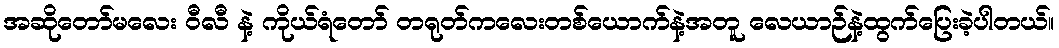
အဆိုတော်မလေး ဝီလီ နဲ့ ကိုယ်ရံတော် တရုတ်ကလေးတစ်ယောက်နဲ့အတူ လေယာဉ်နဲ့ထွက်ပြေးခဲ့ပါတယ်။